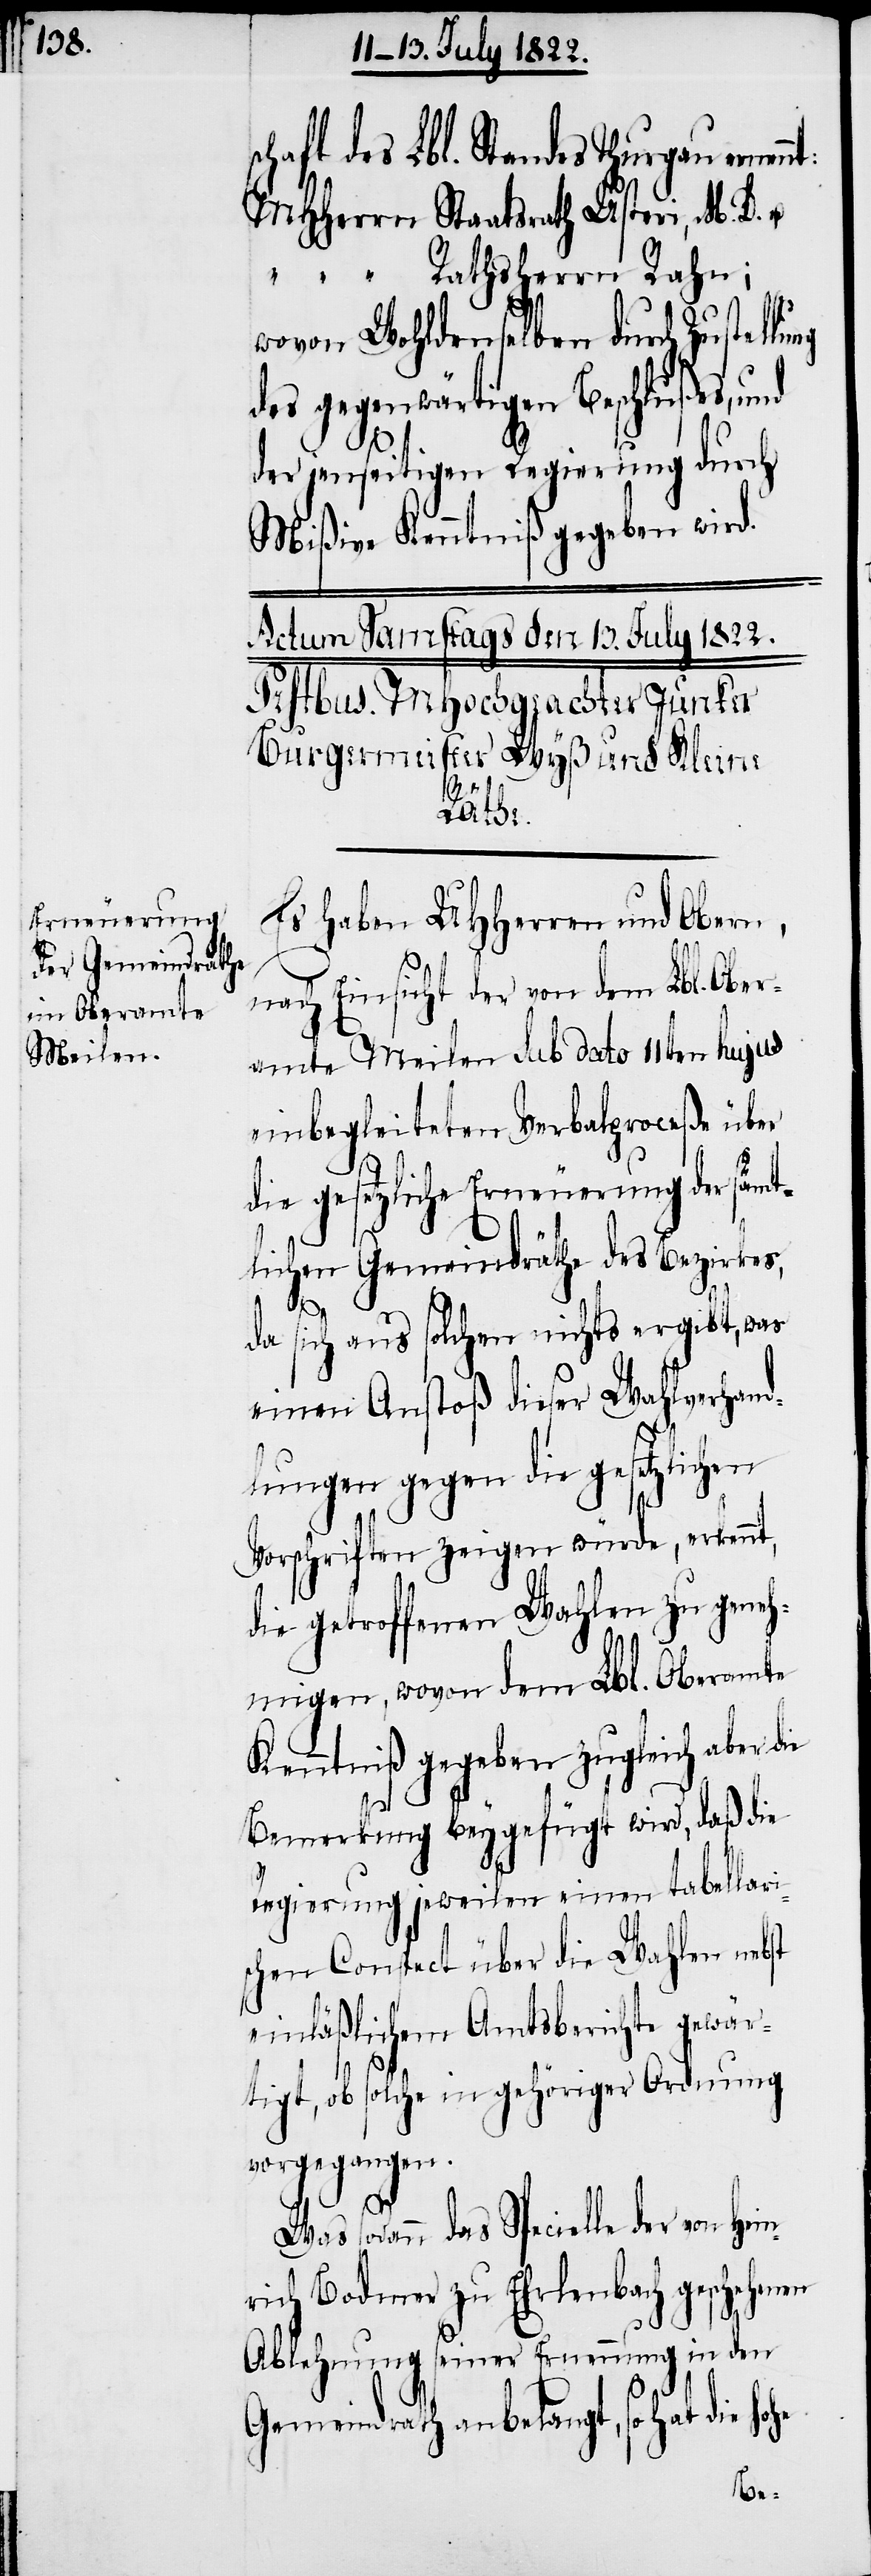
schaft des Lbl. Standes Thurgau ernen¬
MHHerrn Staatsrath Usteri, M. D. &
Rathsherrn Rahn;
wovon Wohldenselben durch Zustel¬
des gegenwärtigen Beschlußes, und
der jenseitigen Regierung durch
Mißive Kenntniß gegeben wird.
Es haben UHHerren und Obern,
nach Einsicht der von dem Lbl. Ober¬
amte Meilen Sub Dato 11ten hujus
einbegleiteten Verbalproceße über
die gesetzliche Erneuerung der sämt¬
lichen Gemeindräthe des Bezirkes,
Hein¬
da sich aus solchen nichts ergibt, was
einen Anstoß dieser Wahlverhan¬
dlungen gegen die gesetzlichen
Vorschriften zeigen würde, erkennt,
die getroffenen Wahlen zu geneh¬
migen, wovon dem Lbl. Oberamte
Kenntniß gegeben zugleich aber
Bemerkung beygefügt wird, daß die
Regierung jeweilen einen tabellari¬
schen Conspect über die Wahlen nebst
einläßlichem Amtsberichte gewär¬
tigt, ob solche in gehöriger Ordnung
vorgegangen.
Was sodann das Specielle der von
rich Bodmer zu Ehrlenbach geschehenen
Ablehnung seiner Ernennung in den
Gemeindrath anbelangt, so hat die